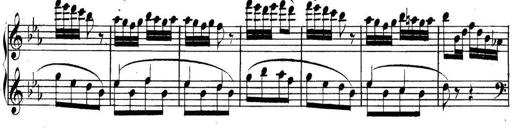
Title: Collected Piano Sonatas
Composer: Muzio Clementi